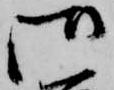
御